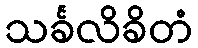
သင်္ခလိခိတံ